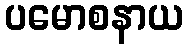
ပမောစနာယ